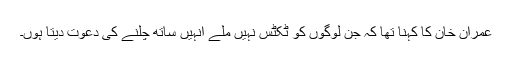
عمران خان کا کہنا تھا کہ جن لوگوں کو ٹکٹس نہیں ملے انہیں ساتھ چلنے کی دعوت دیتا ہوں۔